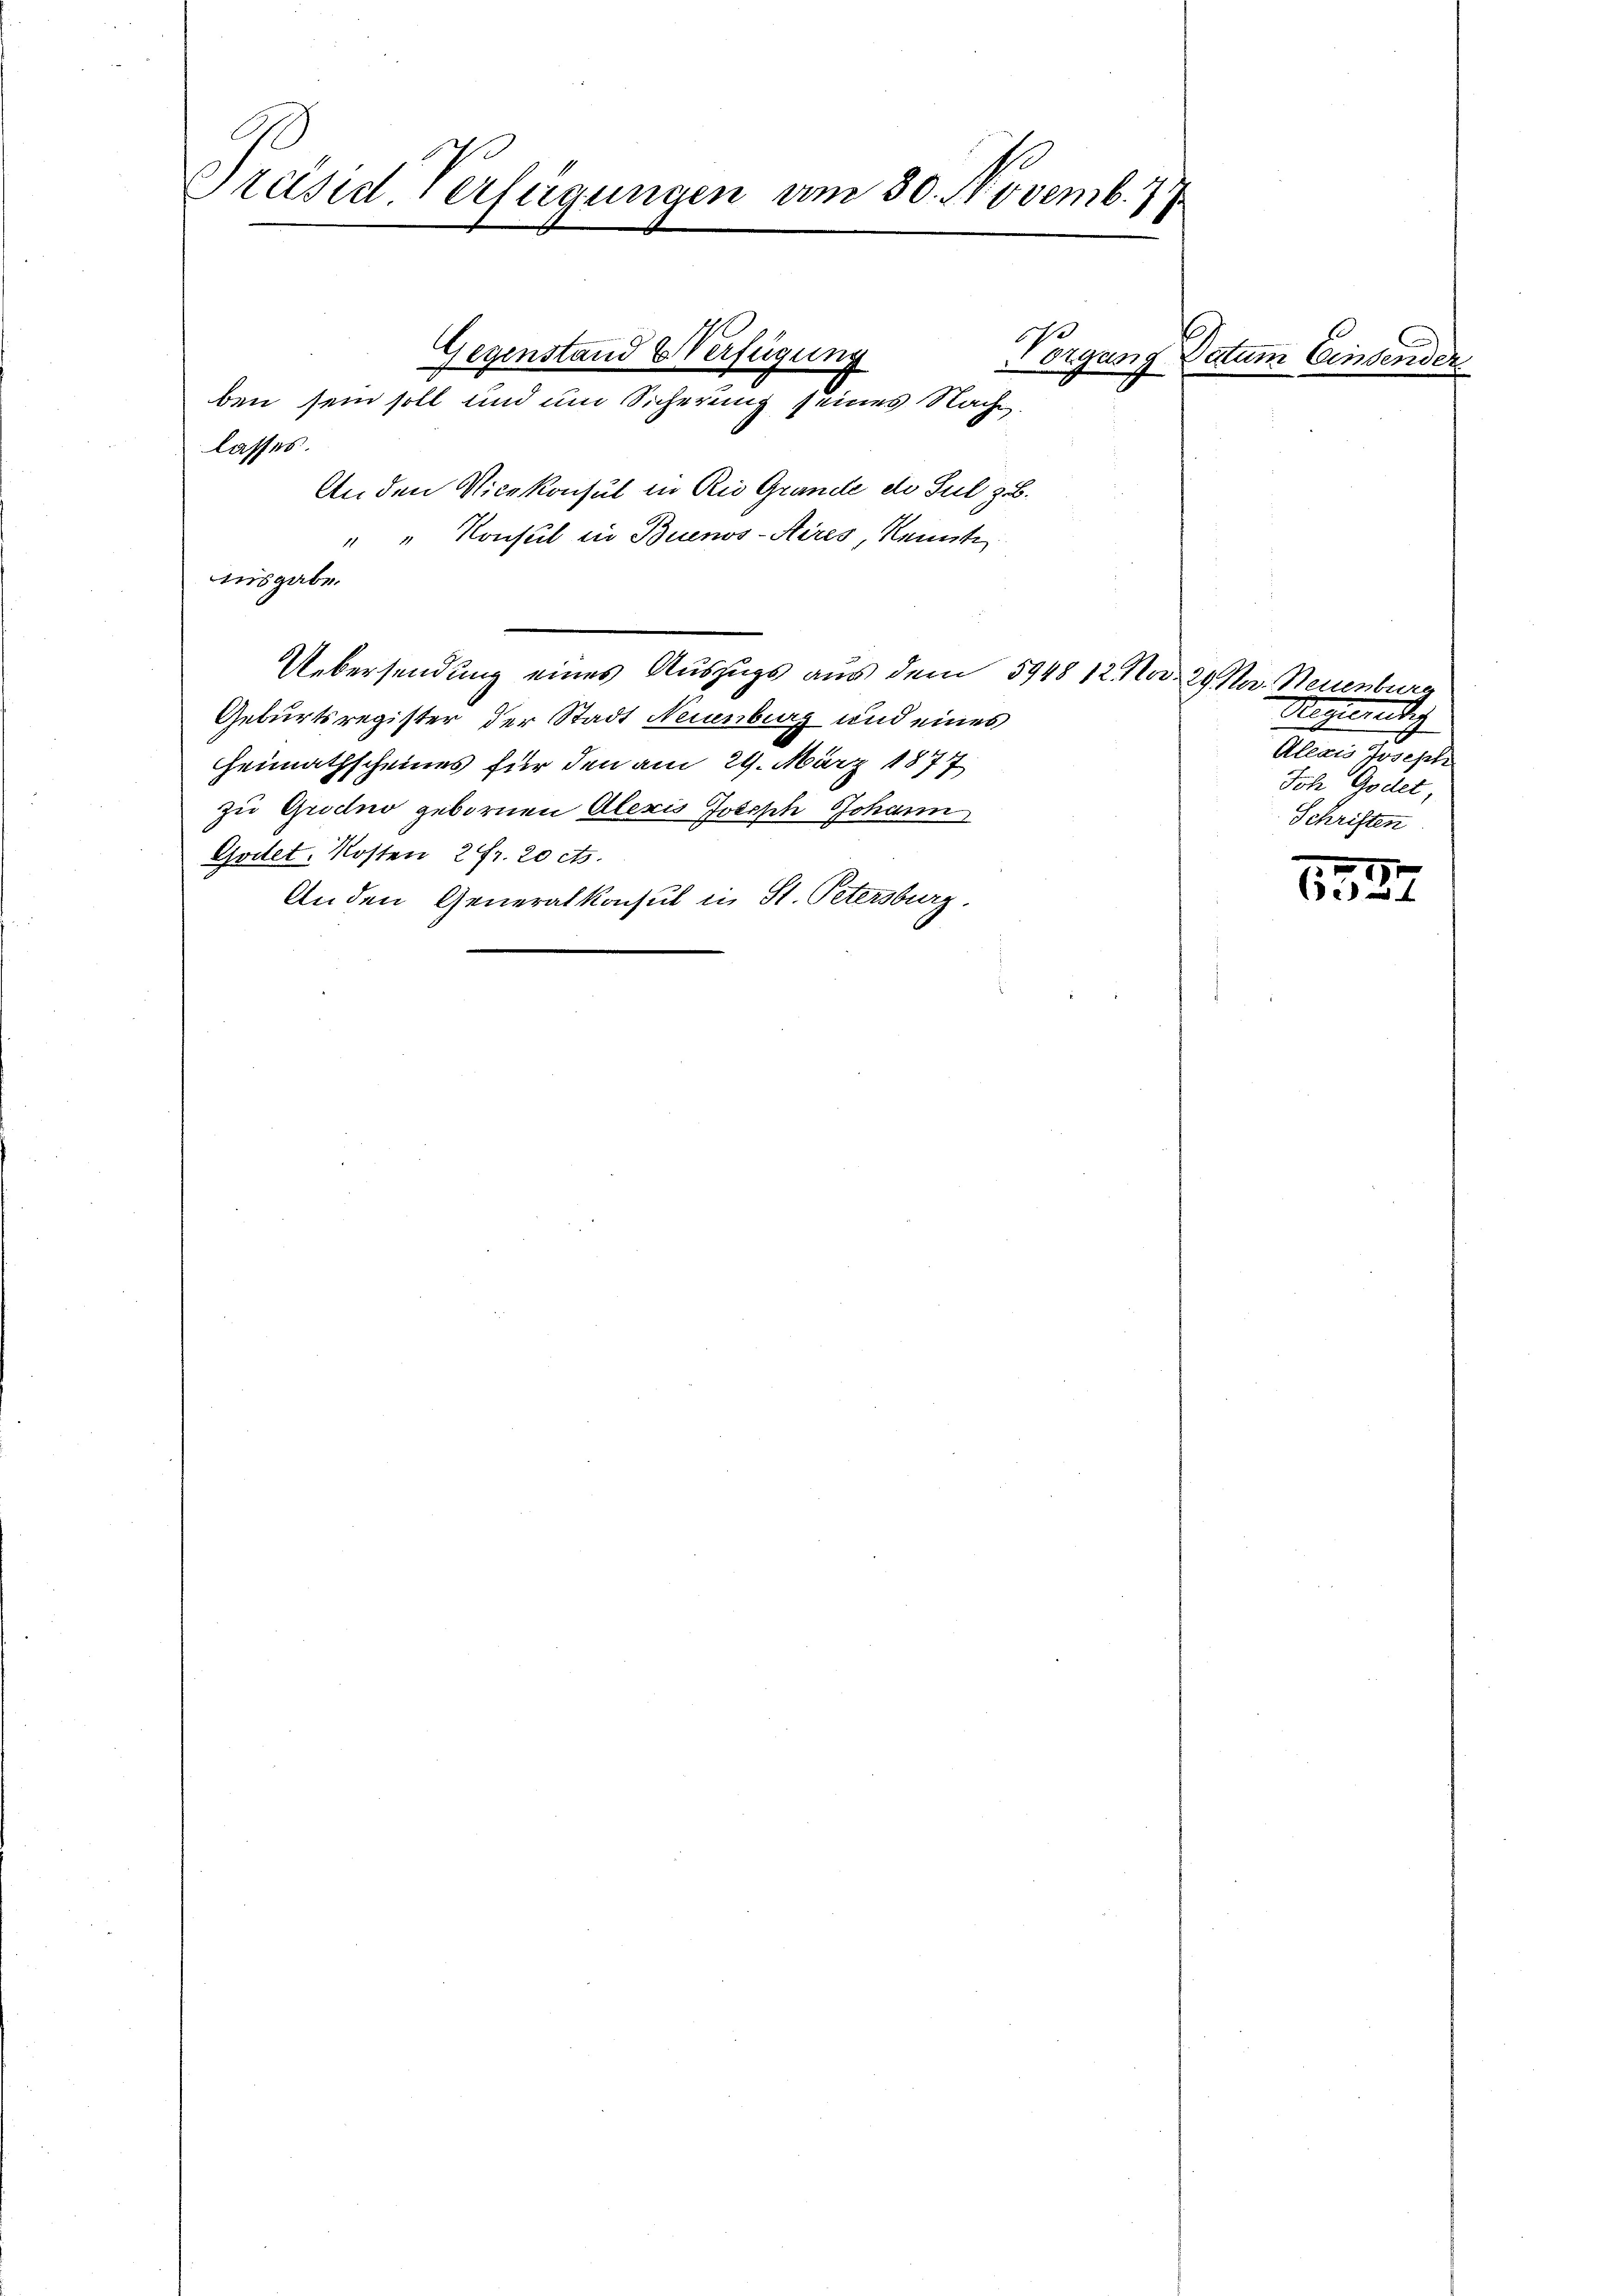
Präsid. Verfügungen am 30. Novemb. 77

Ausgabe.

ben sein soll und um Sicherung seines Nacht.
lasses.
An den Vicekonsul in Rio Grunde des Sul z. B.
" " Konsul in Buenos-Aires, Heite
Uebersendung eines Auszugs aus dem 5948 12 Nod. 29 Mn. Neuenburg
Geburtsregister der Stadt Neuenburg und eines
Heimathscheines für den am 29. März 1877
zu Grodno gebornen Aleris Joseph Johann
Godet. Kosten 2 Fr. 20 cts.
Anden Generalkonsul in St. Petersburg

Gegenstand & Verfügung

Vorgang Datum Einsenver

Auswendig
Allaus Josephi
Joch Godet,
Schriften

2
e